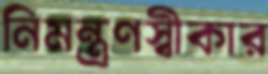
নিমন্ত্রণস্বীকার